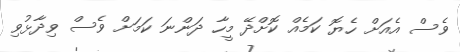
ވެސް އެއަށް ހެޔޮ ކަމެއް ކޮށްދޭ މީހާ ދަންނަ ކަމަށް ވެސް ވިދާޅުވި